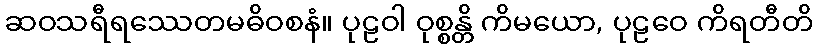
ဆဝသရီရဿေတမဓိဝစနံ။ ပုဠဝါ ဝုစ္စန္တိ ကိမယော, ပုဠဝေ ကိရတီတိ